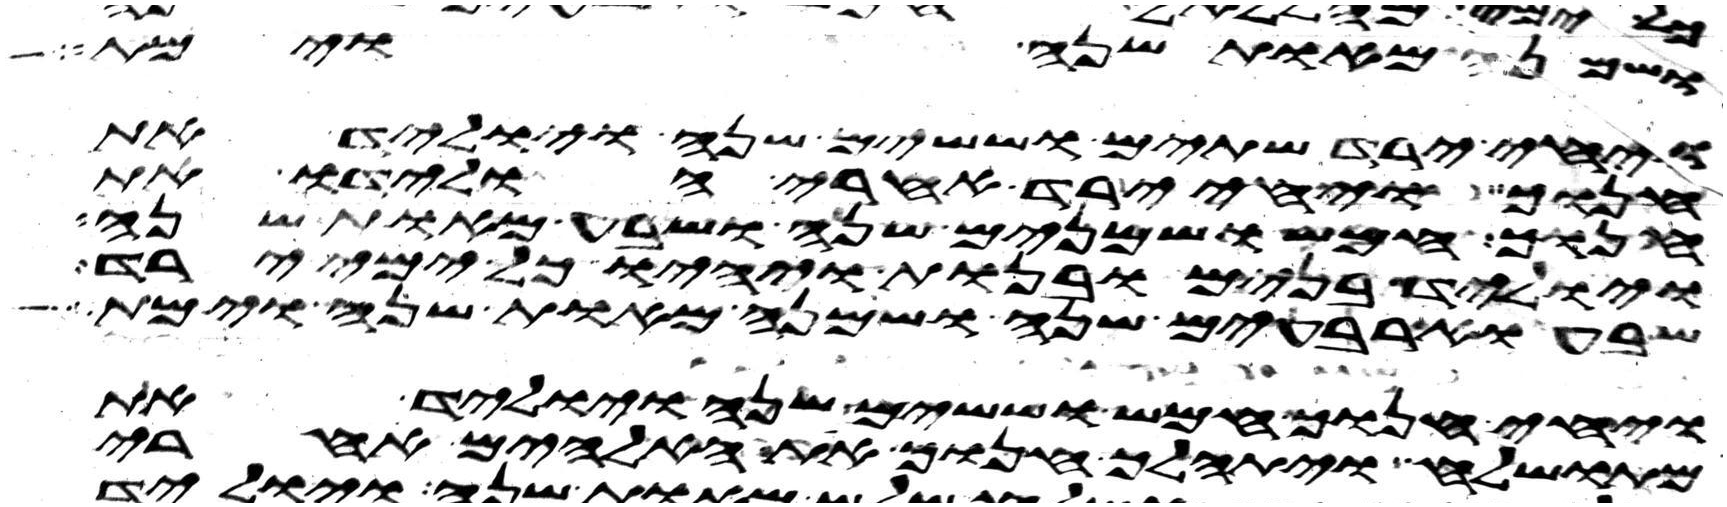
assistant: ושמנה מאות שנה וימת
ויחי ירד שתים וששים שנה ויוליד את
חנוך ויחי ירד אחרי הולידו את
חנוך חמש ושמנים שנה ושבע מאות שנה
ויוליד בנים ובנות ויהיו כל ימי ירד
שבע וארבעים שנה ושמנה מאות שנה וימת
ויחי חנוך חמש וששים שנה ויוליד את
מתושלח ויתהלך חנוך את האלהים אחרי